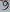
Text: 9